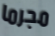
مجرما